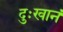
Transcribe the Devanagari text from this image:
दुःखानं